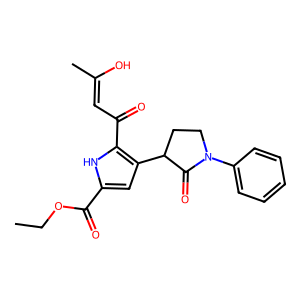
SMILES: CCOC(=O)c1cc(C2CCN(c3ccccc3)C2=O)c(C(=O)C=C(C)O)[nH]1
Inhibits HIV replication: No